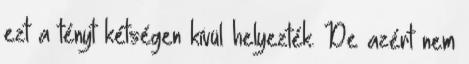
ezt a tényt kétségen kívül helyezték. De azért nem